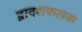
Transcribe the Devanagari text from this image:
द्वादशफलक